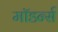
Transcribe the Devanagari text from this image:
मॉडर्न्स